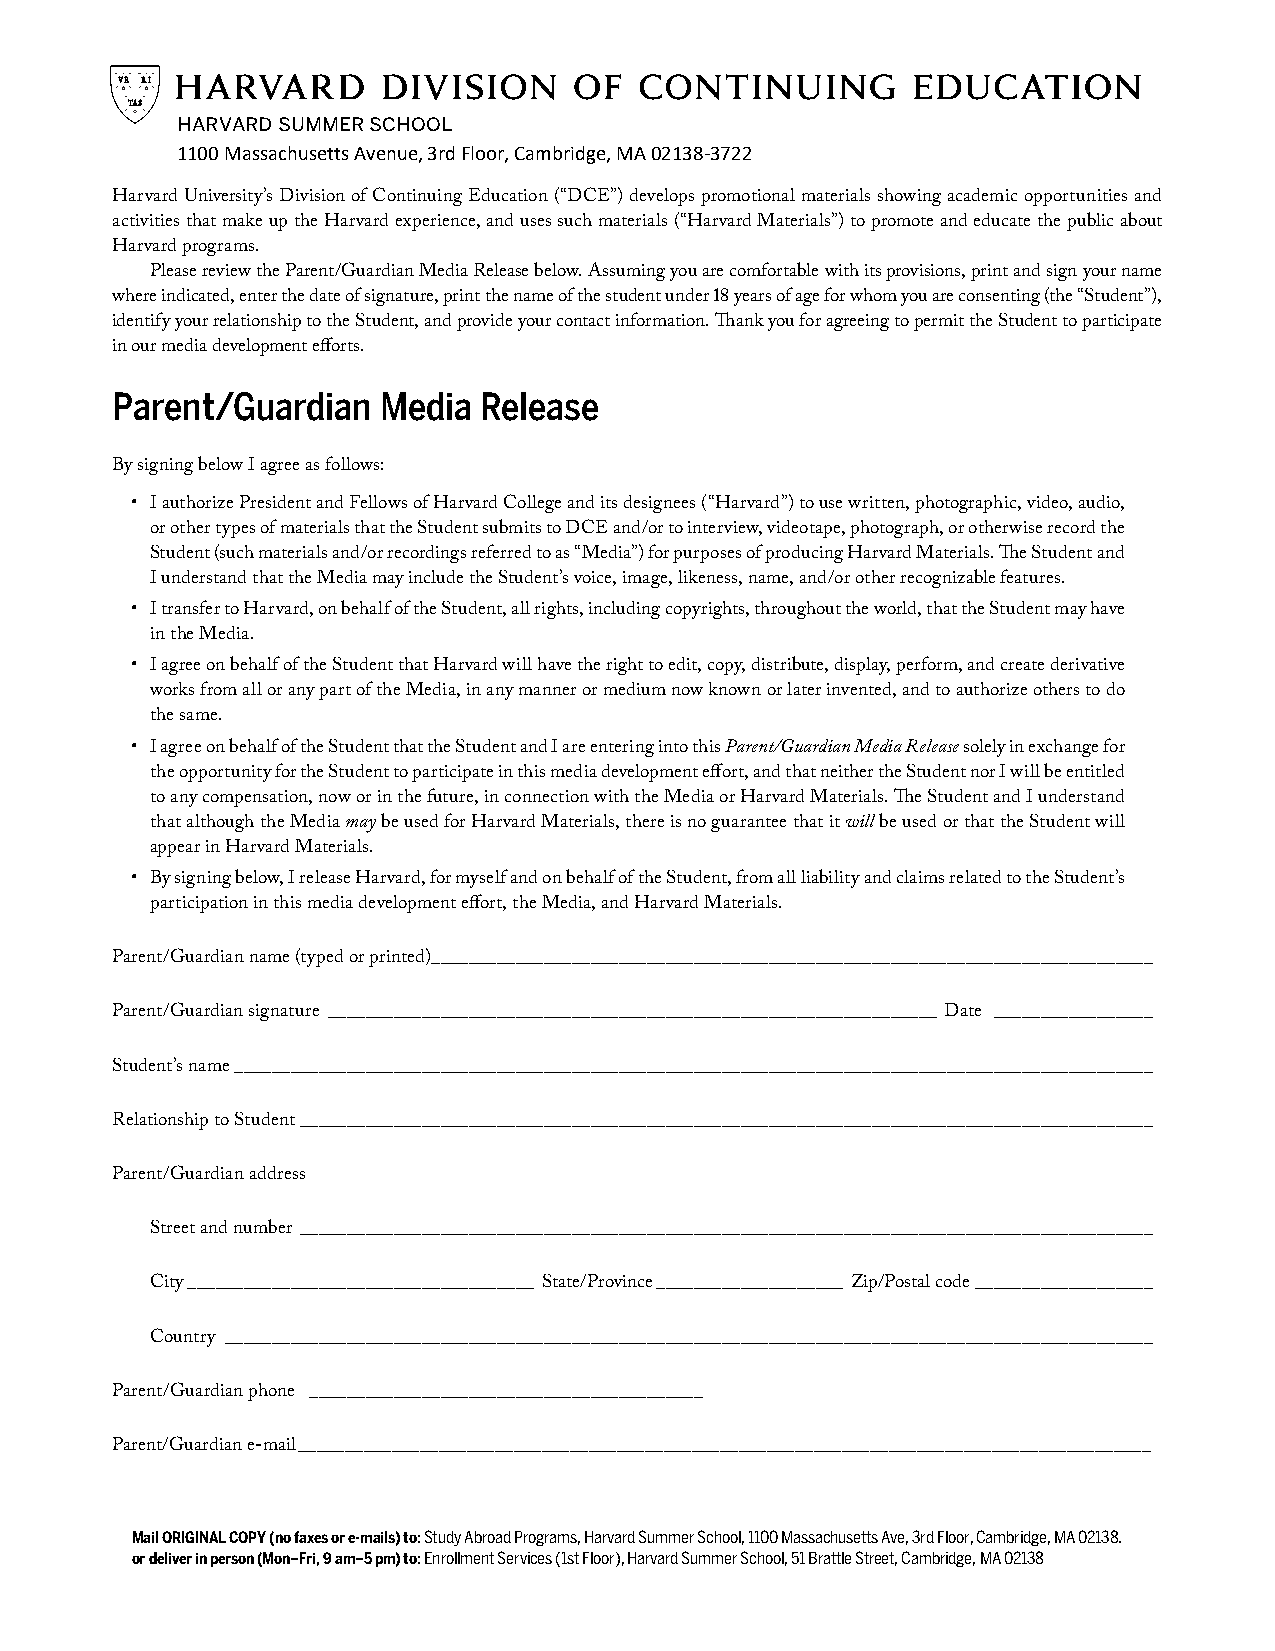
HARVARD SUMMER SCHOOL
 1100 Massachusetts Avenue, 3rd Floor, Cambridge, MA 02138-3722
 Harvard University’s Division of Continuing Education (“DCE”) develops promotional materials showing academic opportunities and
 activities that make up the Harvard experience, and uses such materials (“Harvard Materials”) to promote and educate the public about
 Harvard programs.
 Please review the Parent/Guardian Media Release below. Assuming you are comfortable with its provisions, print and sign your name
 where indicated, enter the date of signature, print the name of the student under 18 years of age for whom you are consenting (the “Student”),
 identify your relationship to the Student, and provide your contact information. Thank you for agreeing to permit the Student to participate
 in our media development efforts.
 Parent/Guardian   Media  Release
 By signing below I agree as follows:
 • I authorize President and Fellows of Harvard College and its designees (“Harvard”) to use written, photographic, video, audio,
 or other types of materials that the Student submits to DCE and/or to interview, videotape, photograph, or otherwise record the
 Student (such materials and/or recordings referred to as “Media”) for purposes of producing Harvard Materials. The Student and
 I understand that the Media may include the Student’s voice, image, likeness, name, and/or other recognizable features.
 • I transfer to Harvard, on behalf of the Student, all rights, including copyrights, throughout the world, that the Student may have
 in the Media.
 • I agree on behalf of the Student that Harvard will have the right to edit, copy, distribute, display, perform, and create derivative
 works from all or any part of the Media, in any manner or medium now known or later invented, and to authorize others to do
 the same.
 • I agree on behalf of the Student that the Student and I are entering into this Parent/Guardian Media Release solely in exchange for
 the opportunity for the Student to participate in this media development effort, and that neither the Student nor I will be entitled
 to any compensation, now or in the future, in connection with the Media or Harvard Materials. The Student and I understand
 that although the Media may be used for Harvard Materials, there is no guarantee that it will be used or that the Student will
 appear in Harvard Materials.
 • By signing below, I release Harvard, for myself and on behalf of the Student, from all liability and claims related to the Student’s
 participation in this media development effort, the Media, and Harvard Materials.
 Parent/Guardian name (typed or printed)_____________________________________________________________________________
 Parent/Guardian signature _________________________________________________________________ Date _________________
 Student’s name __________________________________________________________________________________________________
 Relationship to Student ___________________________________________________________________________________________
 Parent/Guardian address
 Street and number ___________________________________________________________________________________________
 City _____________________________________ State/Province ____________________ Zip/Postal code ___________________
 Country ___________________________________________________________________________________________________
 Parent/Guardian phone __________________________________________
 Parent/Guardian e-mail ___________________________________________________________________________________________
 Mail ORIGINAL COPY (no faxes or e-mails) to: Study Abroad Programs, Harvard Summer School, 1100 Massachusetts Ave, 3rd Floor, Cambridge, MA 02138.
 or deliver in person (Mon–Fri, 9 am–5 pm) to: Enrollment Services (1st Floor), Harvard Summer School, 51 Brattle Street, Cambridge, MA 02138